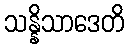
သန္နိသာဒေတိ